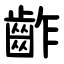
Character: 齚